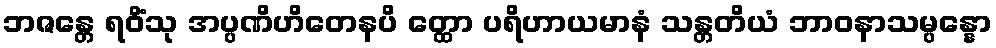
ဘဇန္တေ ရဝိံသု အပ္ပဏိဟိတေနပိ တ္ထော ပရိဟာယမာနံ သန္တတိယံ ဘာဝနာသမ္ပန္နော